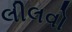
લીલવો